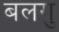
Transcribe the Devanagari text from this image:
बलगु